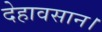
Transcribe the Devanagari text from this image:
देहावसान।